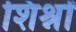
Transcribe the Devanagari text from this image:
शिश्नों